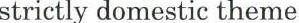
strictly domestic theme